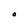
Character: O